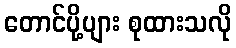
တောင်ပို့ပျား စုထားသလို